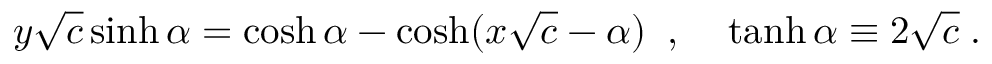
y \sqrt { c } \sinh \alpha = \cosh \alpha - \cosh ( x \sqrt { c } - \alpha ) \; \; , \; \; \; \; \operatorname { t a n h } \alpha \equiv 2 \sqrt { c } \; .